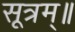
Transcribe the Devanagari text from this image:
सूत्रम्॥